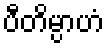
ပီတိမ္ပာဟံ